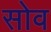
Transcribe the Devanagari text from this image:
सोव